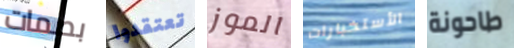
بصمات تعتقدوا الموز الأستخبارات طاحونة